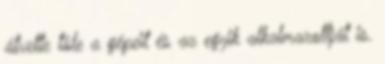
átvette tôle a gépeit és az egyik alkalmazottját is.